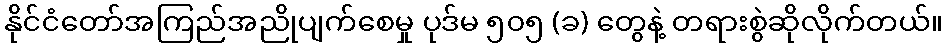
နိုင်ငံတော်အကြည်အညိုပျက်စေမှု ပုဒ်မ ၅၀၅ (ခ) တွေနဲ့ တရားစွဲဆိုလိုက်တယ်။